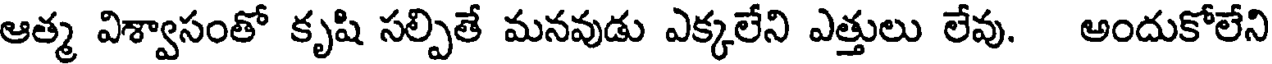
ఆత్మ విశ్వాసంతో కృషి సల్పితే మనవుడు ఎక్కలేని ఎత్తులు లేవు. అందుకోలేని